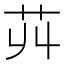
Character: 𦬥